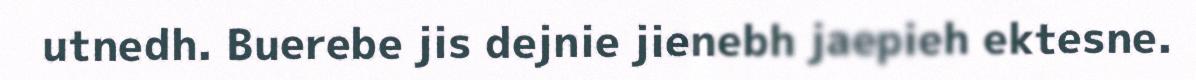
utnedh. Buerebe jis dejnie jienebh jaepieh ektesne.